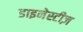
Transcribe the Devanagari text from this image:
डाइनेस्टीज़